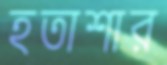
হতাশার